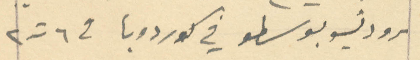
سرو دنسو بوسطو في كوردوبا في ٦ ت ٢